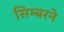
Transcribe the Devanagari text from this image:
सिम्बरने